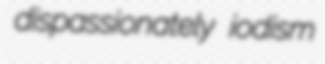
dispassionately iodism